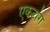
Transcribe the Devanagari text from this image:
एकटांग